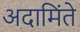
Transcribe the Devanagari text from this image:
अदामिंते